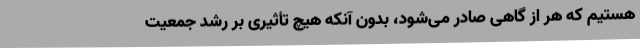
هستیم که هر از گاهی صادر می‌شود، بدون آنکه هیچ تأثیری بر رشد جمعیت